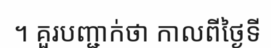
។ គួរបញ្ជាក់ថា កាលពីថ្ងៃទី